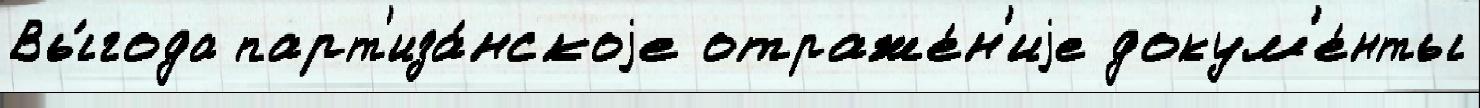
Вы́года парт'иза́нскоjе отраже́н'иjе докум'е́нты